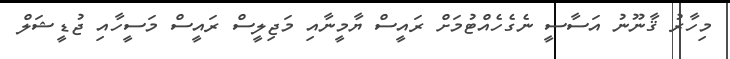
މިހާރު ޤާނޫނު އަސާސީ ނެގެހެއްޓުމަށް ރައީސް ޔާމީނާއި މަޖިލީސް ރައީސް މަސީހާއި ޖުޑީޝަލް